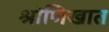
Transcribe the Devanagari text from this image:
श्रोणिखात